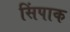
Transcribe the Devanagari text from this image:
सिंपाक